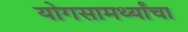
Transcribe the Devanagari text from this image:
योगसामर्थ्यांचा